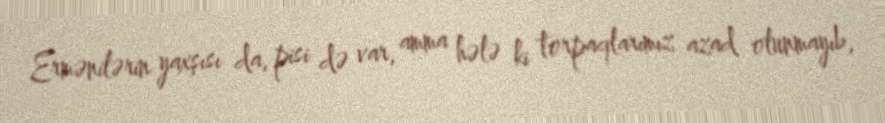
Ermənilərin yaxşısı da, pisi də var, amma hələ ki torpaqlarımız azad olunmayıb,